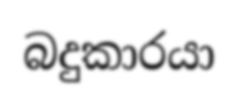
බදුකාරයා